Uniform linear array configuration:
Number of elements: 64
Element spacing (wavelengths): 0.75
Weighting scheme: cosine
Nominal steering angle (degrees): -30
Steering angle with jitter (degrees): -31.212
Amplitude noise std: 0.05
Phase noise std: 0.05

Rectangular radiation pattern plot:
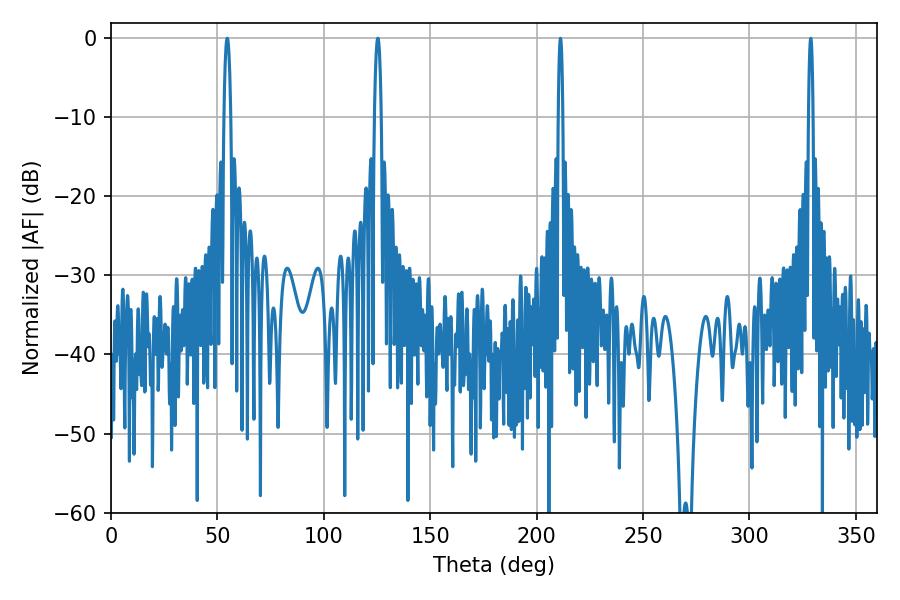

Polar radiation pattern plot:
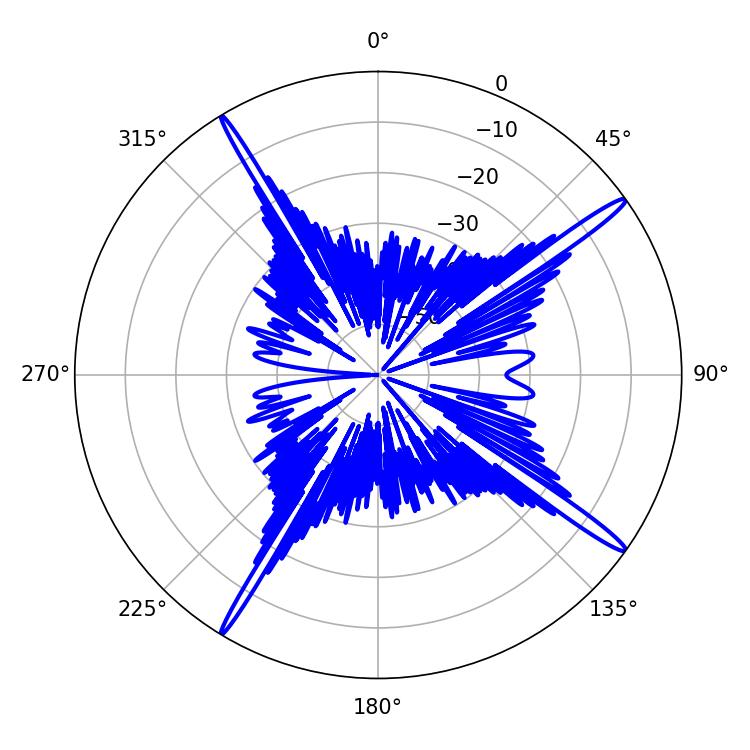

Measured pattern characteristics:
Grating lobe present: TRUE
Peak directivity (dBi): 17.697
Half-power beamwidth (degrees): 1.62
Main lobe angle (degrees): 54.54